Vaccination in Burma 1889-1999 - 1889-1999
Year: 1889
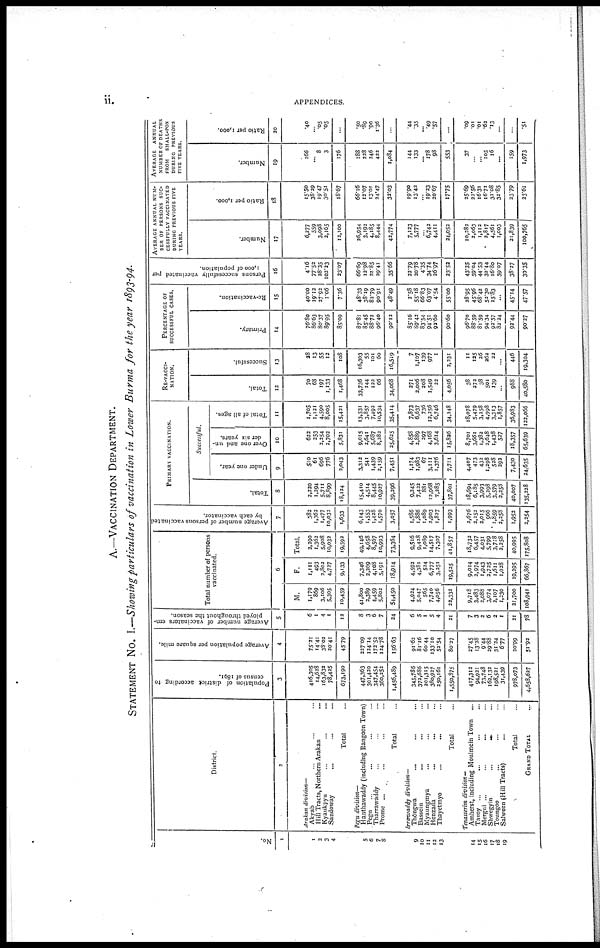
ii.
APPENDICES.
A.—VACCINATION DEPARTMENT.
STATEMENT No. I.—Showing particulars of vaccination in Lower Burma for the year 1893-94.
No .
1
1
2
3
4
5
6
7
8
9
10
11
12
13
14
15
16
17
18
19
District.
2
Arakan division—
Akyab... ... ...
Hill Tracts, Northern Arakan... ...
Kyaukpyu... ...
Sandoway... ...
Total...
Pegu division—
Hanthawaddy (including Rangoon Town)
Pegu... ...
Tharrawaddy... ...
Prome ... ...
Total...
Irrawaddy division—
Thôngwa... ...
Bassein... ...
Myaungmya... ...
Henzada...
...
Thayetmyo... ...
Total...
Tenasserim division—
Amherst, including Moulmein Town...
Tavoy ... ... ...
Mergui ... ... ...
Shwegyin...
...
...
Toungoo... ...
Salween (Hill Tracts)... ...
Total...
GRAND TOTAL...
Population of district according to
census of 1891.
3
416,305
14,628
163,832
78,425
673,190
447,363
301,420
347,454
360,252
1,456,489
345,786
373,686
201,315
380,927
250,161
1,550,375
417,312
94,921
73,748
162,132
198,521
31,439
978,073
4,658,627
Average population per square mile.
4
75.21
14.41
38.02
20.41
45.79
227.09
124.14
172.52
124.78
156.63
91.62
81.16
60.44
133.10
52.54
80.37
27.45
13.38
9.44
29.88
31.34
6.77
20.99
51.92
Average number of vaccinators em-
ployed throughout the season.
5
6
1
4
1
12
8
3
6
7
24
6
5
1
5
4
21
7
3
2
6
3
1
21
78
Total number of persons
vaccinated.
6
M.
1,179
869
3,106
5,305
10,459
41,800
2,389
4,459
5,802
54,450
4,934
5,047
565
7,740
4,056
22,332
9,713
3,483
2,088
3,074
2,107
1,230
21,700
108,941
F.
1,111
493
2,802
4,727
9,133
7,346
2,269
4,108
5,191
18,914
4,592
4,381
534
6,777
3,251
19,525
9,014
2,974
1,943
2,725
1,611
1,028
19,395
66,867
Total.
2,290
1,362
5,908
10,032
19,592
49,146
4,658
8,567
10,993
73,364
9,516
9,438
1,089
14,517
7,307
41,857
18,732
6,457
4,031
5,799
3,708
2,258
40,995
175,808
Average number of persons vaccinated
by each vaccinator.
7
382
1,362
1,477
10,032
1,633
6,143
1,553
1,438
1,570
3,057
1,586
1,886
1,089
2,903
1,827
1,993
2,676
2,152
2,015
966
1,859
2,258
1,952
2,254
PRIMARY VACCINATION.
Total.
8
3,220
1,294
5,711
8,899
18,124
15,410
4,514
8,445
10,927
39,396
9,345
7,422
881
12,968
7,285
37,801
18,694
6,185
3,993
5,298
3,579
2,258
40,007
135,228
Successful.
Under one year.
9
510
61
696
776
2,043
3,312
541
1,439
2,159
7,451
1,174
1,983
67
3,111
1,376
7,711
4,407
473
432
1,298
538
292
7,430
24,635
Over one and un-
der six years.
10
622
253
2,254
2,702
5,831
9,015
2,641
5,687
8,283
25,625
4,858
3,889
297
4,168
3,614
15,826
8,701
3,661
1,382
2,648
1,438
527
18,357
65,639
Total of all ages.
11
1,705
1,121
4,590
8,005
15,431
13,531
3,857
7,492
10,534
35,414
7,873
6,637
736
12,256
6,746
34,248
18,078
5,479
3,258
4,998
3,313
1,857
36,983
122,066
RE-VACCI-
NATION.
Total.
12
70
68
197
1,133
1,468
33,736
144
122
66
34,068
271
2,006
208
1,549
22
4,056
38
272
38
501
139
...
988
40,580
Successful.
13
28
13
55
12
108
16,303
55
101
60
16,519
7
1,107
139
977
1
2,231
11
125
26
262
22
...
446
19,304
PERCENTAGE OF
SUCCESSFUL CASES.
Primary.
14
76.80
86.63
80.37
89.95
85.09
87.81
85.45
88.72
96.40
90.12
85.16
89.42
83.54
94.51
92.60
90.60
96.70
88.59
81.59
94.34
92.57
83.34
92.44
90.27
Re-vaccination.
15
40.00
19.12
27.92
1.06
7.36
48.33
38.19
82.79
90.91
48.49
2.58
55.18
66.83
63.07
4.54
55.00
28.95
45.96
68.42
52.30
15.83
...
45.14
47.57
Persons successfully vaccinated per
1,000 of population.
16
4.16
77.52
28.35
102.23
23.07
66.69
12.98
21.85
29.41
35.66
22.79
20.78
4.35
34.74
26.97
23.52
43.35
59.04
44.53
32.44
16.80
59.07
38.37
30.35
AVERAGE ANNUAL NUM-
BER OF PERSONS SUC-
CESSFULLY VACCINATED
DURING PREVIOUS FIVE
YEARS.
Number.
17
6,277
559
3,098
2,165
12,100
36,954
3,192
4,185
8,444
43,774
7,123
5,777
... 6,742
4,411
34,052
10,282
2,063
1,112
2,817
4,561
1,003
21,839
100,765
Ratio per 1,000.
18
15.50
38.39
19.47
30.51
18.67
66.16
12.07
13.01
24.47
32.03
19.90
13.42
... 19.23
20.67
17.75
25.69
22.56
16.31
16.71
31.08
32.85
33.79
23.61
AVERAGE ANNUAL
NUMBER OF DEATHS
FROM SMALL-POX
DURING PREVIOUS
FIVE YEARS.
Number.
19
166
...
8
3
176
188
228
246
422
1,084
144
133
... 178
98
553
37
...
...
105
16
...
159
1,973
Ratio per 1,000.
20
.40
... .05
.05
...
.50
.89
.90
1.36
...
.44
.35
... .49
.57
...
.09
.01
.01
.62
.13
...
...
.51